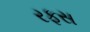
રફસ